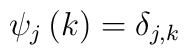
\psi _j\left( k\right) =\delta _{j,k}